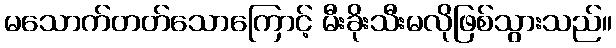
မသောက်တတ်သောကြောင့် မီးခိုးသီးမလိုဖြစ်သွားသည်။